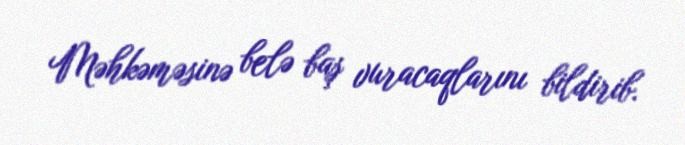
Məhkəməsinə belə baş vuracaqlarını bildirib.